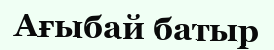
Ағыбай батыр